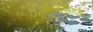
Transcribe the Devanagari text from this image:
वारशासाठी